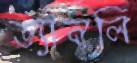
ড্যানলি